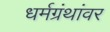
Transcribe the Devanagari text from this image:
धर्मग्रंथांवर